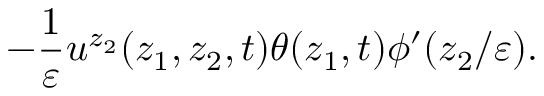
- \frac { 1 } { \varepsilon } u ^ { z _ { 2 } } ( z _ { 1 } , z _ { 2 } , t ) \theta ( z _ { 1 } , t ) \phi ^ { \prime } ( z _ { 2 } / \varepsilon ) .